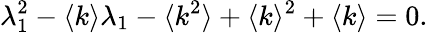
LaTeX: \lambda_{1}^{2}-\langle k\rangle\lambda_{1}-\langle k^{2}\rangle+\langle k\rangle^{2}+\langle k\rangle=0.